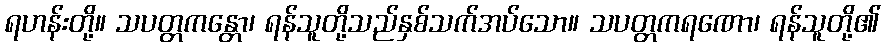
ရဟန်းတို့။ သပတ္တကန္တော၊ ရန်သူတို့သည်နှစ်သက်အပ်သော။ သပတ္တကရဏော၊ ရန်သူတို့၏